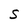
Character: S